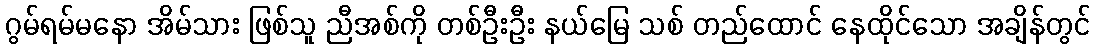
ဂွမ်ရမ်မနော အိမ်သား ဖြစ်သူ ညီအစ်ကို တစ်ဦးဦး နယ်မြေ သစ် တည်ထောင် နေထိုင်သော အချိန်တွင်